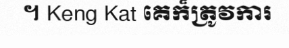
។ Keng Kat គេក៏ត្រូវការ